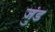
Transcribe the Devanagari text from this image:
जुंड